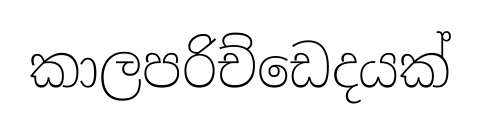
කාලපරිච්ඩෙදයක්